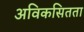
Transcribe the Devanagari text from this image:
अविकसितता